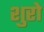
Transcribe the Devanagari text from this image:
शुरो